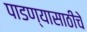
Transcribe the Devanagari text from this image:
पाडण्यासाठीचे